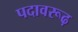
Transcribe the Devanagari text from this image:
पदावरूढ़